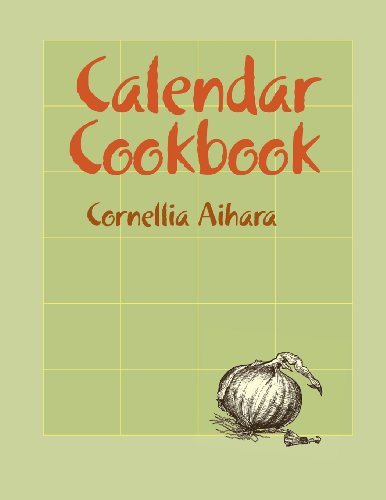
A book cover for The Calendar Cookbook: Macrobiotic Menus for an Entire Year; Cornellia Aihara; Health, Fitness & Dieting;